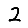
Digit: 2